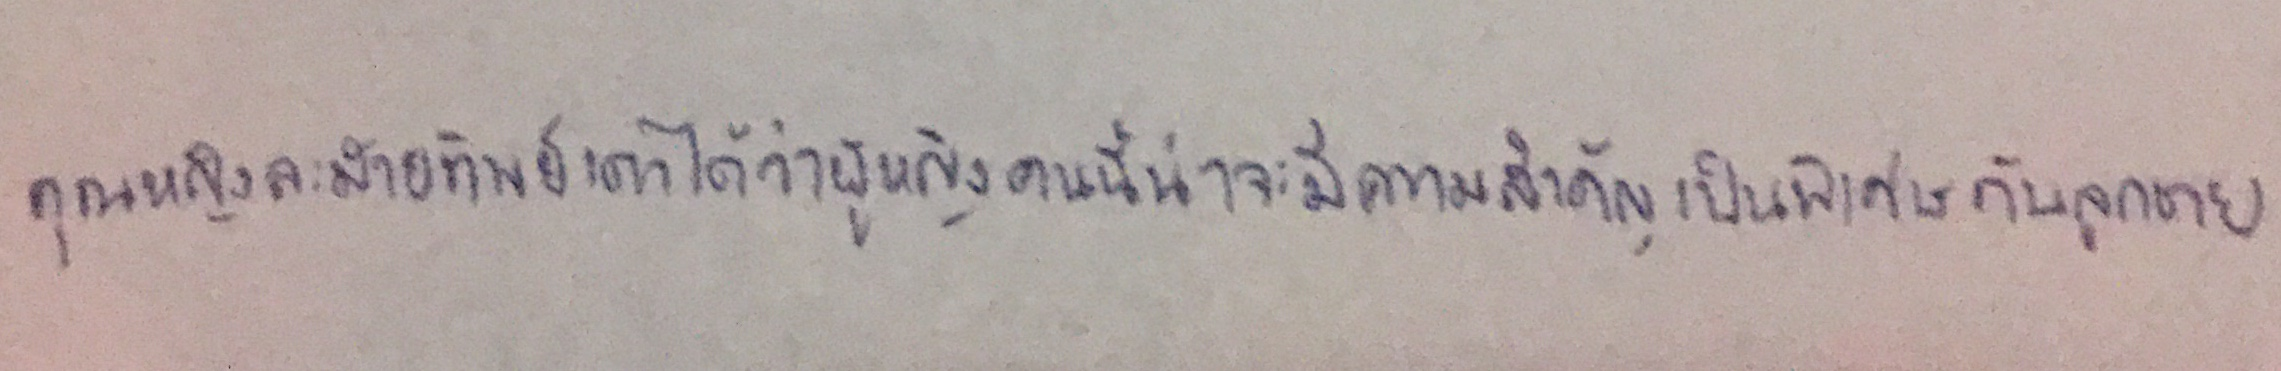
คุณหญิงละม้ายทิพย์เดาได้ว่าผู้หญิงคนนี้น่าจะมีความสำคัญเป็นพิเศษกับลูกชาย